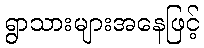
ရွာသားများအနေဖြင့်